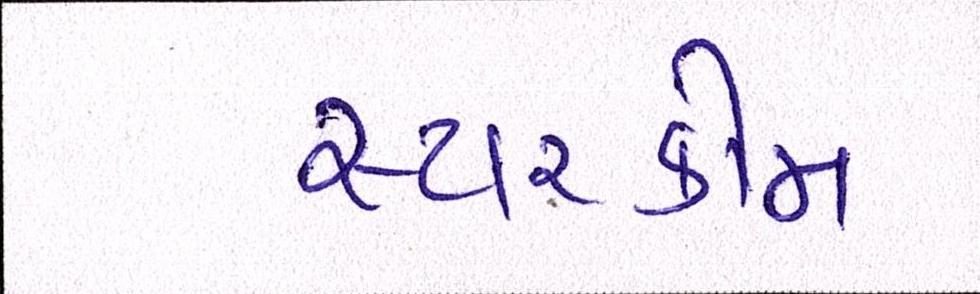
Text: સ્ટારકોમ